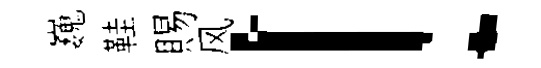
巍鞋賜风！